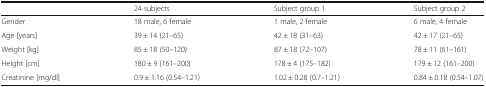
<table><thead><tr><td></td><td><b>24 subjects</b></td><td><b>Subject group 1</b></td><td><b>Subject group 2</b></td></tr></thead><tbody><tr><td>Gender</td><td>18 male, 6 female</td><td>1 male, 2 female</td><td>6 male, 4 female</td></tr><tr><td>Age [years]</td><td>39 ± 14 (21–65)</td><td>42 ± 18 (31–63)</td><td>42 ± 17 (21–65)</td></tr><tr><td>Weight [kg]</td><td>85 ± 18 (50–120)</td><td>87 ± 18 (72–107)</td><td>78 ± 11 (61–161)</td></tr><tr><td>Height [cm]</td><td>180 ± 9 (161–200)</td><td>178 ± 4 (175–182)</td><td>179 ± 12 (161–200)</td></tr><tr><td>Creatinine [mg/dl]</td><td>0.9 ± 1.16 (0.54–1.21)</td><td>1.02 ± 0.28 (0.7–1.21)</td><td>0.84 ± 0.18 (0.54–1.07)</td></tr></tbody></table>